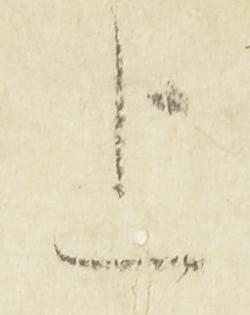
上